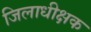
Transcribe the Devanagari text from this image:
जिलाधीक्षक